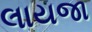
લાયજા